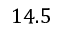
1 4 . 5